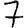
Digit: 7